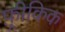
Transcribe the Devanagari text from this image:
फ़्रीकिक